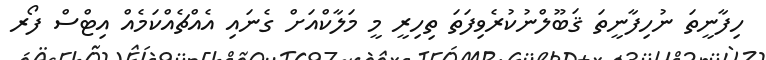
ހިފާނީތަ ނުހިފާނީތަ ޤަބޫލްނުކުރެވިފަތަ ތިހިރީ މީ މަލާކްއަށް ގެނައި އެއްޗެއްކަމެއް އިޓްސް ފޯރ